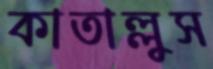
কাতাল্লুস